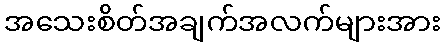
အသေးစိတ်အချက်အလက်များအား